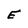
Character: E